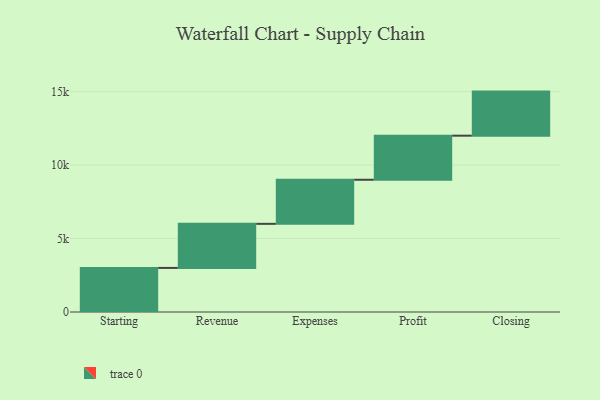
{"axis": {"x": "Step", "y": "Value"}, "legend": [""], "data": [{"x": "Starting", "y": 3000, "type": ""}, {"x": "Revenue", "y": 3000, "type": ""}, {"x": "Expenses", "y": 3000, "type": ""}, {"x": "Profit", "y": 3000, "type": ""}, {"x": "Closing", "y": 3000, "type": ""}]}